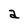
Character: a